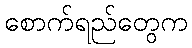
စောက်ရည်တွေက